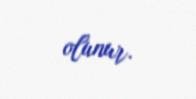
olunur.